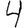
Digit: 4